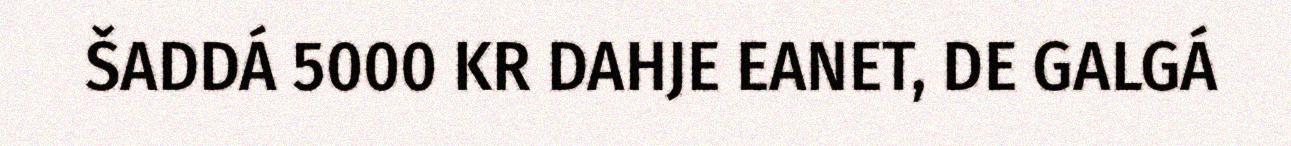
ŠADDÁ 5000 KR DAHJE EANET, DE GALGÁ